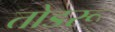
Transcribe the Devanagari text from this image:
तोडरू